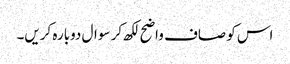
اس کو صاف واضح لکھ کر سوال دوبارہ کریں۔